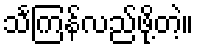
သင်္ကြန်လည်ဖို့တဲ့။